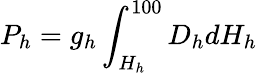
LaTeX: P_{h}=g_{h}\int_{H_{h}}^{100}D_{h}dH_{h}